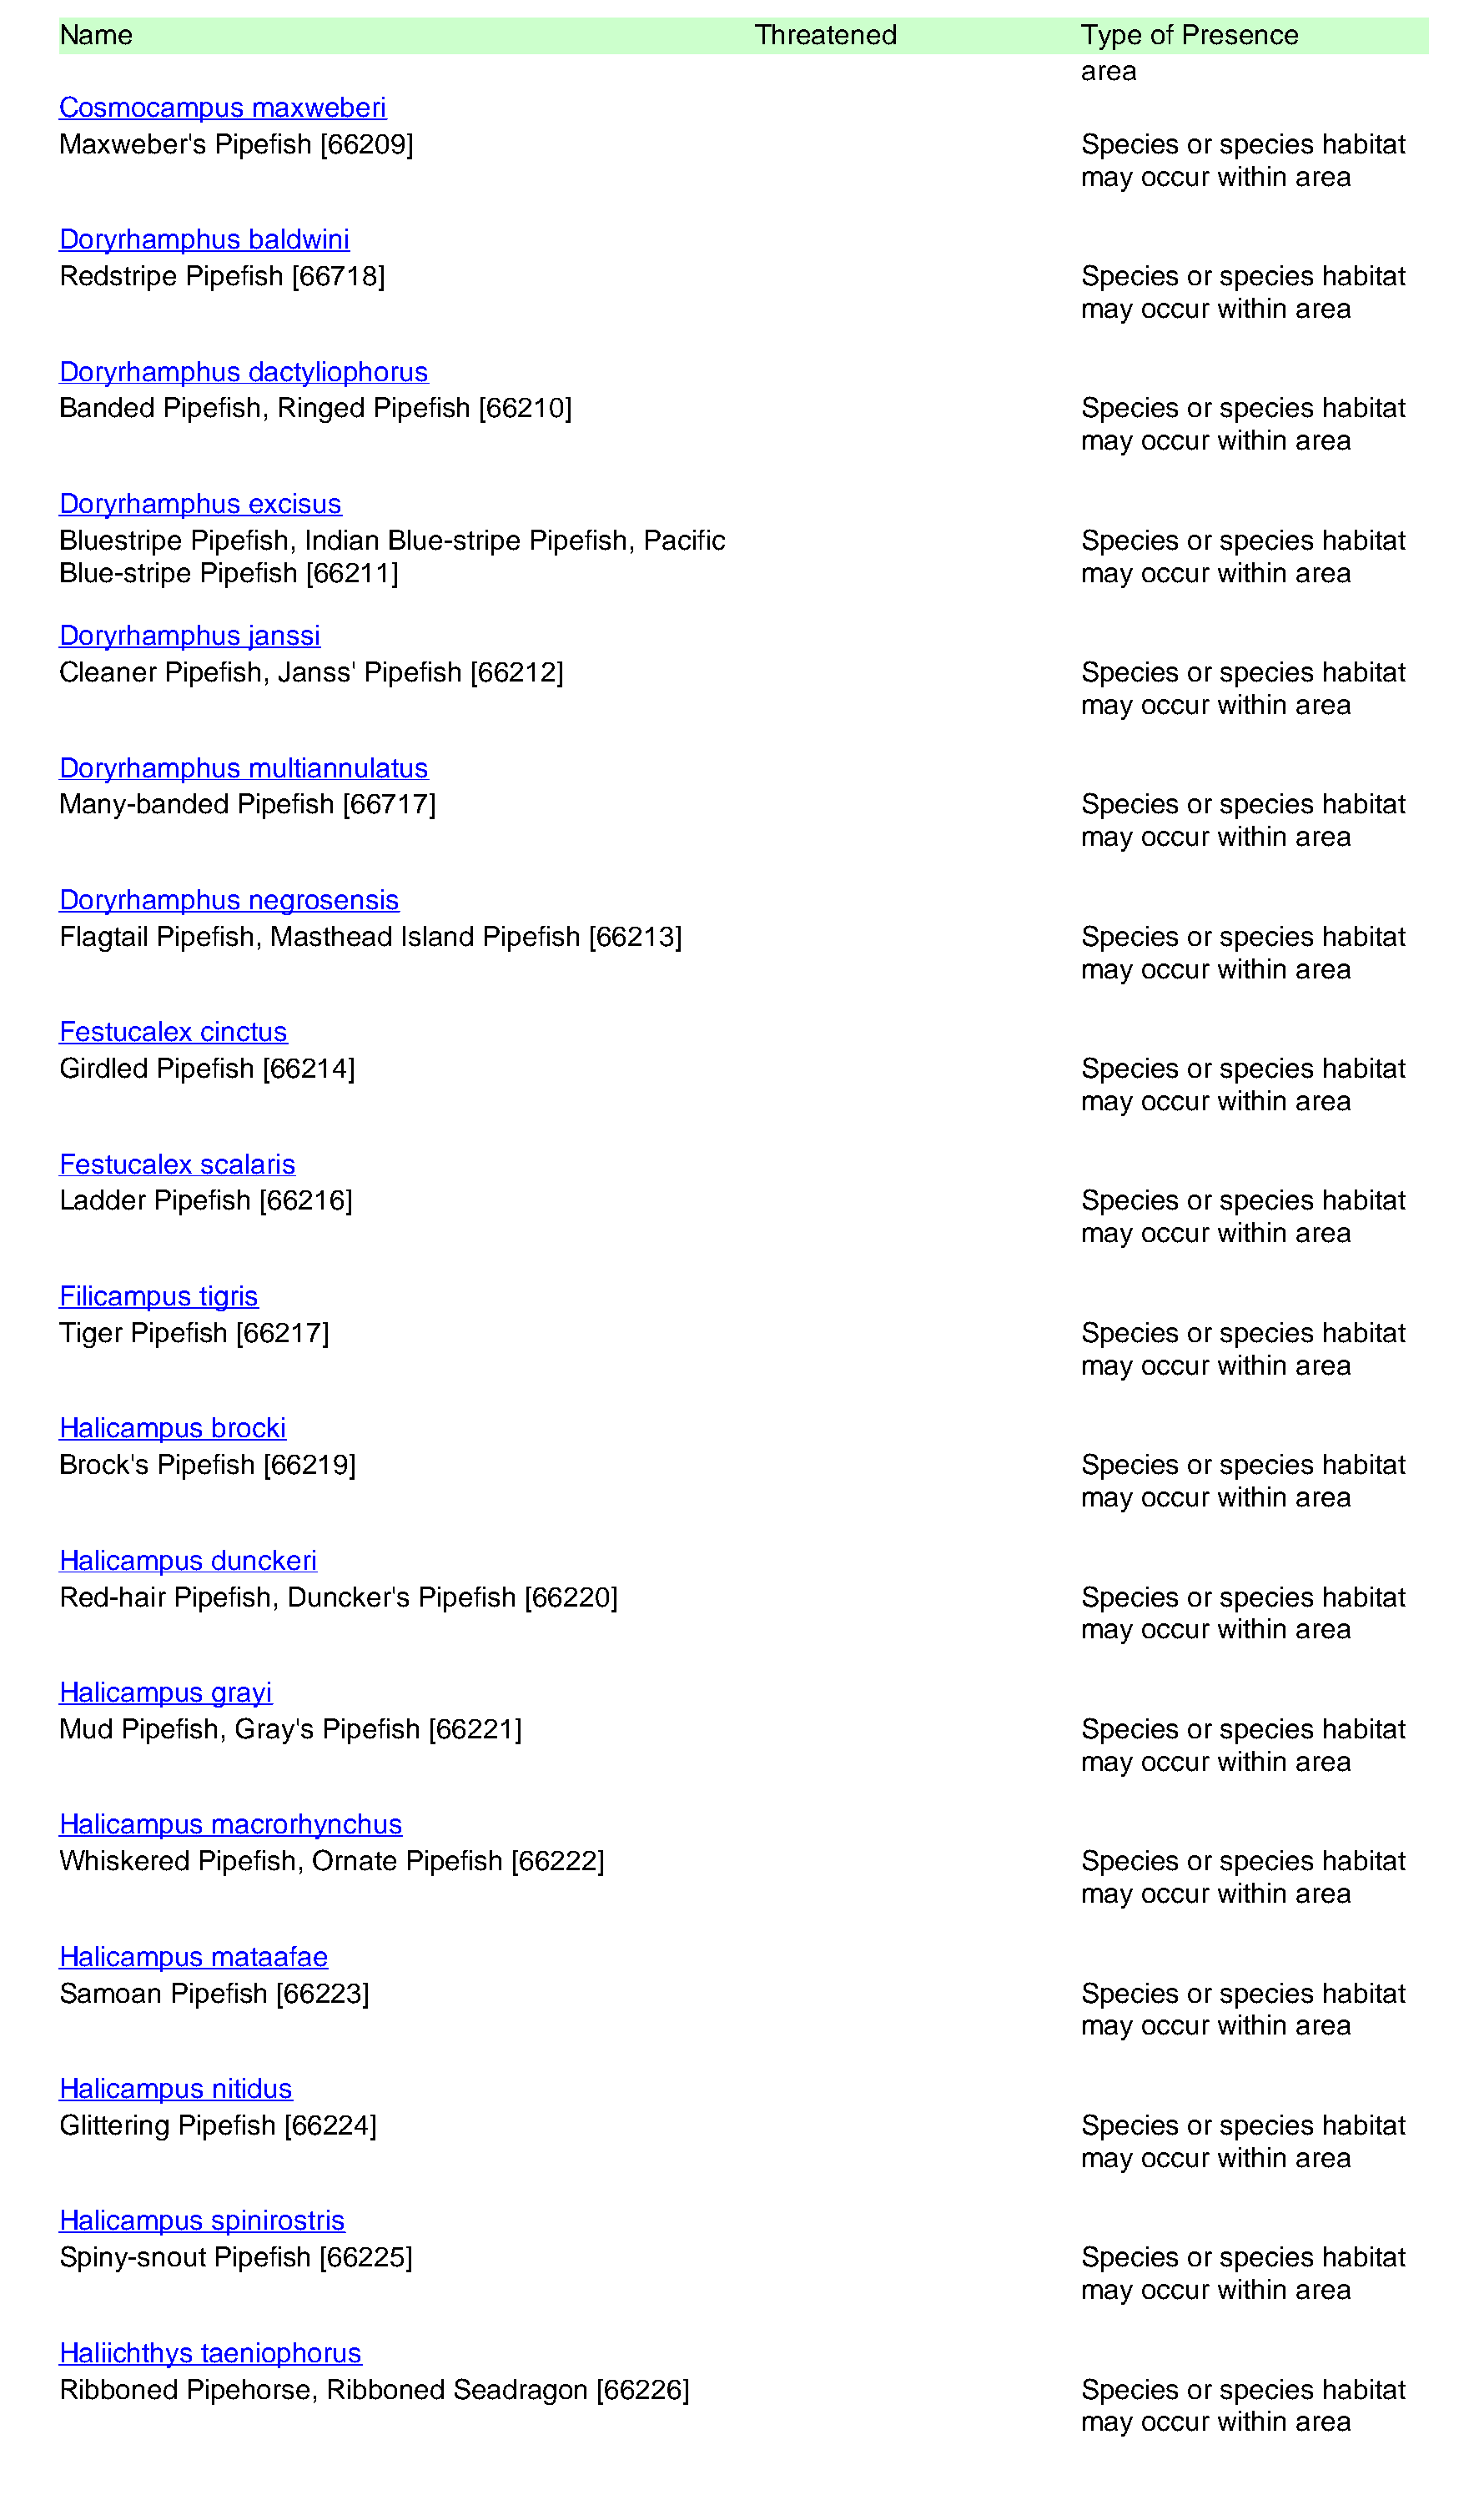
Name                                                   Threatened                Type of Presence
 area
 Cosmocampus    maxweberi
 Maxweber's  Pipefish [66209]                                                     Species or species habitat
 may  occur within area
 Doryrhamphus   baldwini
 Redstripe Pipefish [66718]                                                       Species or species habitat
 may  occur within area
 Doryrhamphus   dactyliophorus
 Banded  Pipefish, Ringed Pipefish [66210]                                        Species or species habitat
 may  occur within area
 Doryrhamphus   excisus
 Bluestripe Pipefish, Indian Blue-stripe Pipefish, Pacific                        Species or species habitat
 Blue-stripe Pipefish [66211]                                                     may  occur within area
 Doryrhamphus   janssi
 Cleaner Pipefish, Janss' Pipefish [66212]                                        Species or species habitat
 may  occur within area
 Doryrhamphus   multiannulatus
 Many-banded   Pipefish [66717]                                                   Species or species habitat
 may  occur within area
 Doryrhamphus   negrosensis
 Flagtail Pipefish, Masthead Island Pipefish [66213]                              Species or species habitat
 may  occur within area
 Festucalex cinctus
 Girdled Pipefish [66214]                                                         Species or species habitat
 may  occur within area
 Festucalex scalaris
 Ladder Pipefish [66216]                                                          Species or species habitat
 may  occur within area
 Filicampus tigris
 Tiger Pipefish [66217]                                                           Species or species habitat
 may  occur within area
 Halicampus  brocki
 Brock's Pipefish [66219]                                                         Species or species habitat
 may  occur within area
 Halicampus  dunckeri
 Red-hair Pipefish, Duncker's Pipefish [66220]                                    Species or species habitat
 may  occur within area
 Halicampus  grayi
 Mud  Pipefish, Gray's Pipefish [66221]                                           Species or species habitat
 may  occur within area
 Halicampus  macrorhynchus
 Whiskered  Pipefish, Ornate Pipefish [66222]                                     Species or species habitat
 may  occur within area
 Halicampus  mataafae
 Samoan   Pipefish [66223]                                                        Species or species habitat
 may  occur within area
 Halicampus  nitidus
 Glittering Pipefish [66224]                                                      Species or species habitat
 may  occur within area
 Halicampus  spinirostris
 Spiny-snout Pipefish [66225]                                                     Species or species habitat
 may  occur within area
 Haliichthys taeniophorus
 Ribboned  Pipehorse, Ribboned  Seadragon  [66226]                                Species or species habitat
 may  occur within area